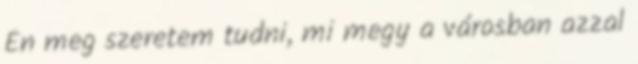
Én meg szeretem tudni, mi megy a városban azzal